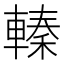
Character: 轃